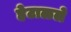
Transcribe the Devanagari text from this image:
हेटाळले